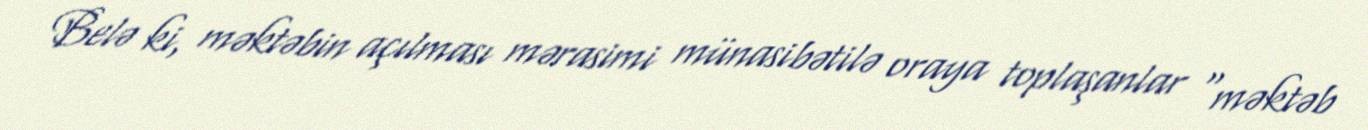
Belə ki, məktəbin açılması mərasimi münasibətilə oraya toplaşanlar "məktəb